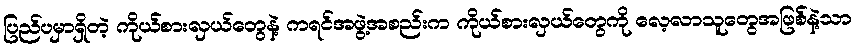
ပြည်ပမှာရှိတဲ့ ကိုယ်စားလှယ်တွေနဲ့ ကရင်အဖွဲ့အစည်းက ကိုယ်စားလှယ်တွေကို လေ့လာသူတွေအဖြစ်နဲ့သာ